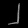
Digit: ၂